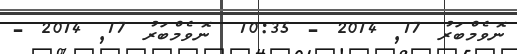
ނޮވެމްބަރު 17